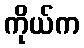
ကိုယ်က